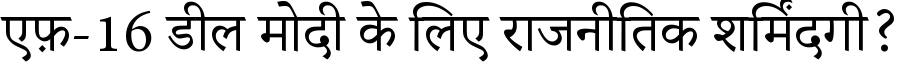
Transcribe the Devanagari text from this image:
एफ़-16 डील मोदी के लिए राजनीतिक शर्मिंदगी?